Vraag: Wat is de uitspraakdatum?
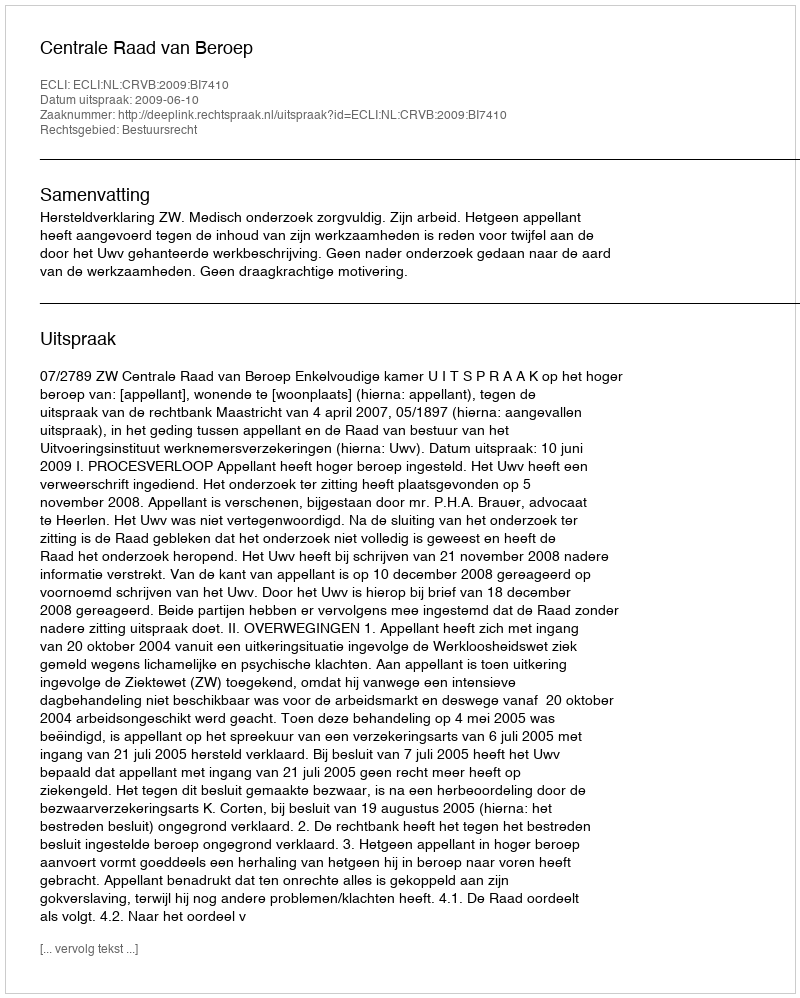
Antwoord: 2009-06-10